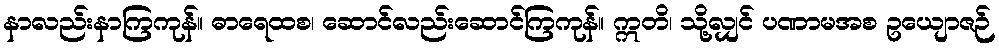
နာလည်းနာကြကုန်။ ဓာရေထစ၊ ဆောင်လည်းဆောင်ကြကုန်။ ဣတိ၊ သို့လျှင် ပဏာမအစ ဥယျောဇဉ်